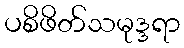
ပစိဖိတ်သမုဒ္ဒရာ